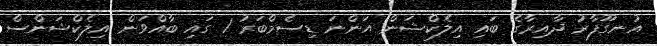
އުނގޫފާރު ދާއިރާގެ ބައި އިލެކްޝަން އަންނަ ޑިސެމްބަރު 1 ގައި ބާއްވަން އިލެކްޝަންސް